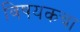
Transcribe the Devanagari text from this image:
विषयकचा